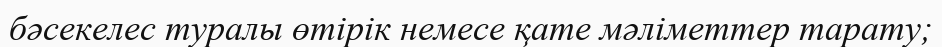
бәсекелес туралы өтірік немесе қате мәліметтер тарату;